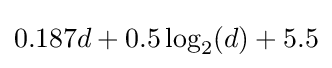
0.187d+0.5\log _{2}(d)+5.5